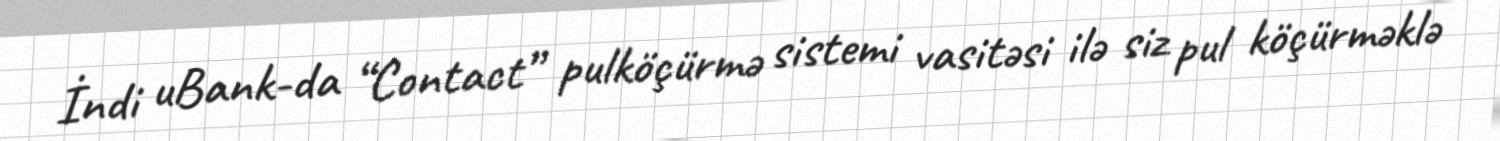
İndi uBank-da “Contact” pulköçürmə sistemi vasitəsi ilə siz pul köçürməklə